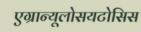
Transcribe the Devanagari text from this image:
एग्रान्यूलोसयटोसिस